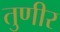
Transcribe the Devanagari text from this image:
तुणीर